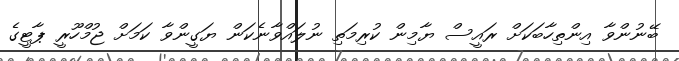
ބޭނުންވާ އިންތިހާބަކަށް ރައީސް ޔާމިން ކުރިމަތި ނުލައްވާނެކަން ޔަގީންވާ ކަމަށް ޖުމްހޫރީ ޕާޓީގެ